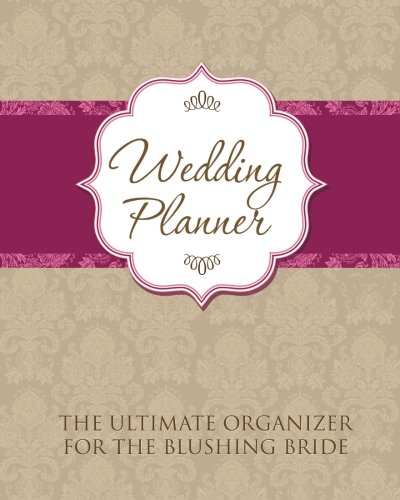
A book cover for Wedding Planner: The Ultimate Organizer for the Blushing Bride; Speedy Publishing LLC; Crafts, Hobbies & Home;